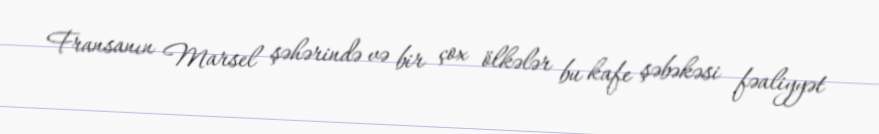
Fransanın Marsel şəhərində və bir çox ölkələr bu kafe şəbəkəsi fəaliyyət